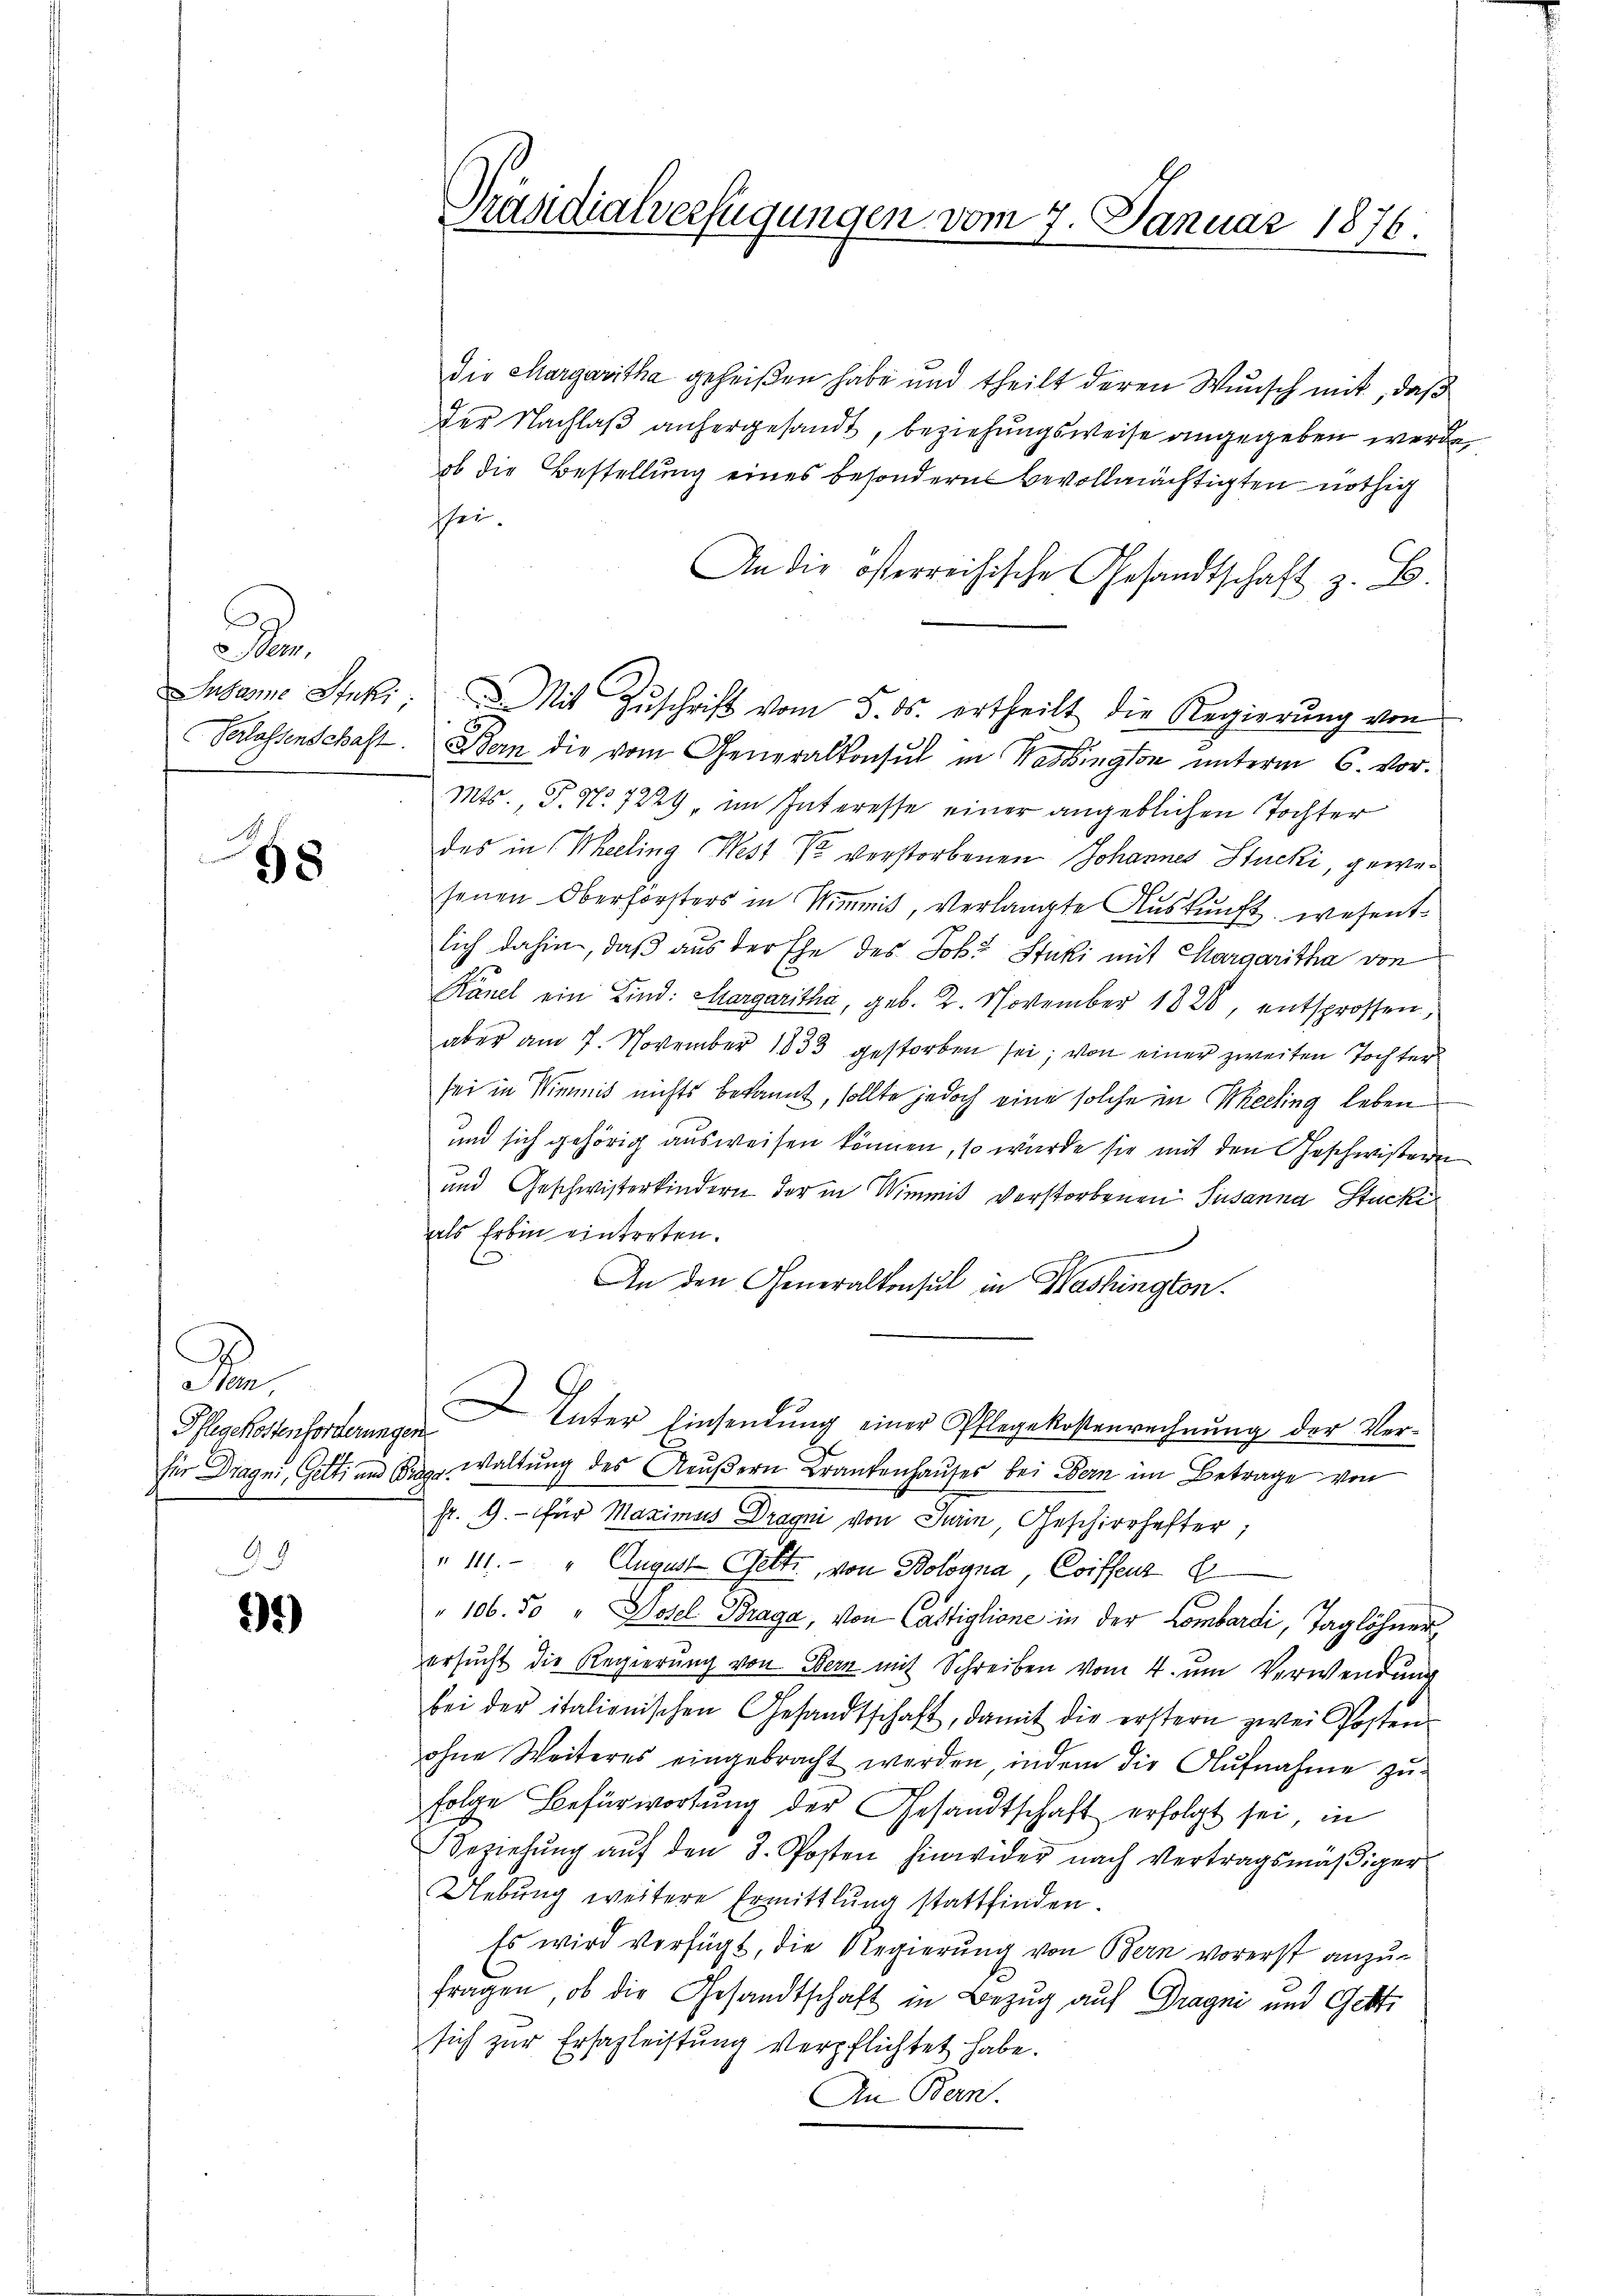
e
Susanne Stuki
Verlassenschaft.

u
58

de
Pflegekostenforderunge.
für Drages, Gatti und B

)

Prädialverfügungen vom 7. Januar 1876.

die Margaritha geheißen habe und theilt deren Wunsch mit, daß
der Nachlaß anhergesandt, beziehungsweise angegeben werde,
ob die Bestellung eines besondern Bevollmächtigten nöthig
sei.
An die österreichische Gesandtschaft z. B.
.
Bern die vom Generalkonsul in Washington unterm 6. Vor¬
Mts. T. No 7229, im Interesse einer angeblichen Tochter
des in (Meeling West so verstorbenen Johannes Stucki, gewesenen Oberhörsters in Nimmt, verlangte Auskunft, wesentlich dahin, daß aus der Ehe des Joh. Stucki mit Margaritha von
Känel ein Kind: Margaritha, geb. 2. November 1828, entsprossen,
aber am 7. November 1833 gestorben sei; von einer zweiten Tochter
sei in Wimmit nichts bekannt, sollte jedoch eine solche in Melling leben
und sich gehörig ausweisen können, so wurde sie mit den Geschwistern
und Geschwisterkindern der in Wimmit verstorbenen Susanna Stucki
als Erbin eintreten.
An den Generalkonsul in Washington.
Unter Einsendung einer Pflegekostenrechnung der Ver-
 waltung des Aeußern Krankenhauses bei Bern im Betrage von
sr. G. für Maximus Dragni von Juan, Geschirrhester,
" 111. " August Gelte, von Bologna, Coiffens E
" 106. 50 " Dosel Braga, von Castiglione in der Lombardi, Taglöhner
ersucht die Regierung von Bern mit Schreiben vom 4. um Verwendung
bei der italienischen Gesandtschaft, damit die erstern zwei Posten
ohne Weiteres eingebracht werden, indem die Aufnahme zu-
folge Befürwortung der Gesandtschaft erfolgt sei, in
Beziehŭng aŭf den 8. Posten hinwider nach Vertragsmäßiger
Uebung weitere Ermittlung stattfinden.
Es wird verfügt, die Regierung von Bern vorerst anzufragen, ob die Gesandtschaft in Bezug auf Dragni und Gette
sich zur Ersazleistung verpflichtet habe.
An Bern.

u Mit Zŭschrift vom 5. ds. ertheilt die Regierŭng von